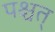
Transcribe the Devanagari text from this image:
पश्चत्